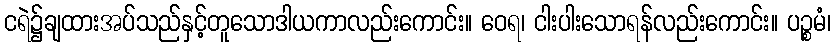
ငရဲ၌ချထားအပ်သည်နှင့်တူသောဒါယကာလည်းကောင်း။ ဝေရ၊ ငါးပါးသောရန်လည်းကောင်း။ ပဉ္စမံ၊